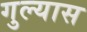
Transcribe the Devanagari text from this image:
गुल्यास